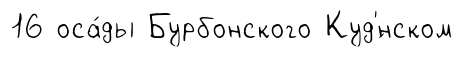
16 оса́ды Бурбонского Куд'́нском